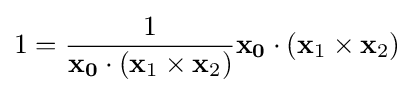
1={\frac {1}{\mathbf {x_{0}} \cdot (\mathbf {x} _{1}\times \mathbf {x} _{2})}}\mathbf {x_{0}} \cdot (\mathbf {x} _{1}\times \mathbf {x} _{2})